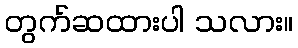
တွက်ဆထားပါ သလား။